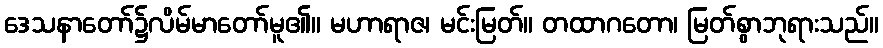
ဒေသနာတော်၌လိမ်မာတော်မူ၏။ မဟာရာဇ၊ မင်းမြတ်။ တထာဂတော၊ မြတ်စွာဘုရားသည်။